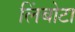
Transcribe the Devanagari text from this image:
लिंबोटा